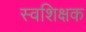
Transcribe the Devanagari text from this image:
स्वशिक्षक